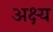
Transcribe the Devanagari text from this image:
अक्ष्य